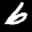
Label: 6